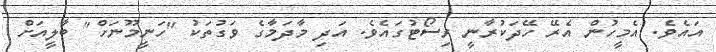
އައެވެ. އެމީހުން އެރޭ ހޭދަކުރާނީ ރިސޯޓުގައެވެ. އަދި މާދަމާގެ ވަގުތަކު "ހަނީމޫނަށް" ބާލީއަށް